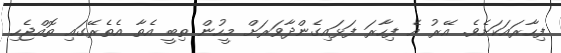
ފިހާރައަކަށެވެ. އޭރު އެ ފިހާރަ ފަޅައިގެންދާވަރަށް މީހުން ތިބީ އެތާ އެތެރޭގައި ތޮއްޖެހި